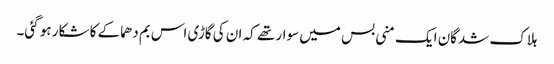
ہلاک شدگان ایک منی بس میں سوار تھے کہ ان کی گاڑی اس بم دھماکے کا شکار ہو گئی۔